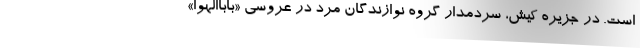
است. در جزیره کیش، سردمدار گروه نوازندگان مرد در عروسی «باباالهوا»